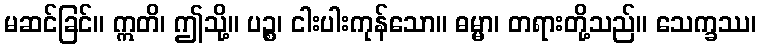
မဆင်ခြင်။ ဣတိ၊ ဤသို့။ ပဉ္စ၊ ငါးပါးကုန်သော။ ဓမ္မာ၊ တရားတို့သည်။ သေက္ခဿ၊